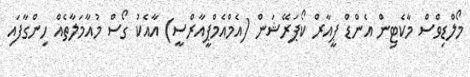
މޯލްޑިވްސް މާކެޓިން އެންޑް ޕީއާރް ކޯޕަރޭޝަން (އެމްއެމްޕީއާރްސީ) އާއެކު ގޯސް މުއާމަލާތެއް ހިންގާފައި